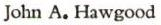
John A. Hawgood